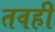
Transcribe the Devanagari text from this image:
तवही